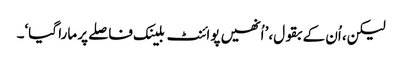
لیکن، اُن کے بقول،’ اُنھیں پوائنٹ بلینک فاصلے پر مارا گیا‘۔